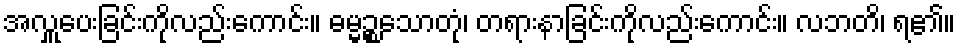
အလှူပေးခြင်းကိုလည်းကောင်း။ ဓမ္မဉ္စသောတုံ၊ တရားနာခြင်းကိုလည်းကောင်း။ လဘတိ၊ ရ၏။